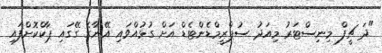
"ދަ ޗީފް މިނިސްޓަރު މިއަދު ސުޕްރީމްޑެންޓެޑް އަށް ގުޅުއްވައި އޭނާގެ ގޭގައި ޕާކްކޮށްފައި